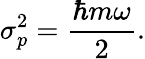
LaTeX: \sigma_{p}^{2}={\frac{\hbar m\omega}{2}}.